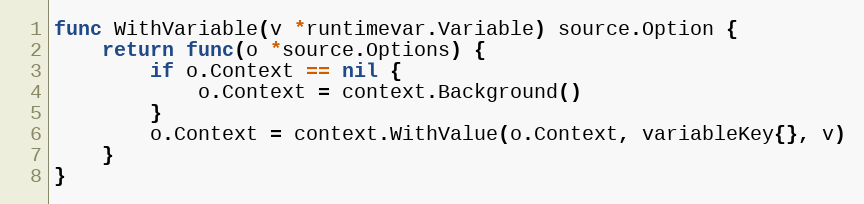
Language: Go
func WithVariable(v *runtimevar.Variable) source.Option {
	return func(o *source.Options) {
		if o.Context == nil {
			o.Context = context.Background()
		}
		o.Context = context.WithValue(o.Context, variableKey{}, v)
	}
}